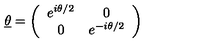
\underline { { \theta } } = \left( \begin{array} { c c } { e ^ { i \theta / 2 } } & { 0 } \\ { 0 } & { e ^ { - i \theta / 2 } } \\ \end{array} \right)